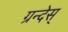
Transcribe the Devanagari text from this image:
ग्रन्देस्